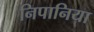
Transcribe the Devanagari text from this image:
निपानिया